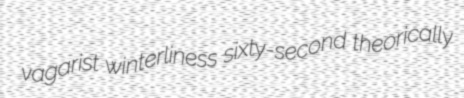
vagarist winterliness sixty-second theorically